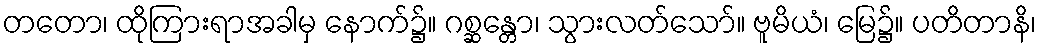
တတော၊ ထိုကြားရာအခါမှ နောက်၌။ ဂစ္ဆန္တော၊ သွားလတ်သော်။ ဗူမိယံ၊ မြေ၌။ ပတိတာနိ၊